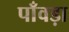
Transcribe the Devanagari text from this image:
पाँवड़ा